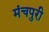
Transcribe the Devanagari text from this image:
मंचपुरी